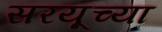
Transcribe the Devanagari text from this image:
सरयूच्या